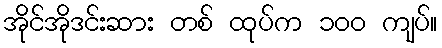
အိုင်အိုဒင်းဆား တစ် ထုပ်က ၁၀၀ ကျပ်။